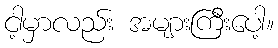
ငါ့မှာလည်း အများကြီးပေါ့။